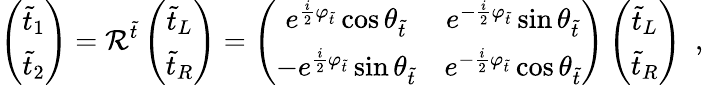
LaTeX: \left(\begin{array}{c}{{\tilde{t}_{1}}}\\ {{\tilde{t}_{2}}}\end{array}\right)={\mathcal R}^{\tilde{t}}\left(\begin{array}{c}{{\tilde{t}_{L}}}\\ {{\tilde{t}_{R}}}\end{array}\right)=\left(\begin{array}{cc}{{e^{\frac{i}{2}\varphi_{\tilde{t}}}\cos\theta_{\tilde{t}}}}&{{e^{-\frac{i}{2}\varphi_{\tilde{t}}}\sin\theta_{\tilde{t}}}}\\ {{-e^{\frac{i}{2}\varphi_{\tilde{t}}}\sin\theta_{\tilde{t}}}}&{{e^{-\frac{i}{2}\varphi_{\tilde{t}}}\cos\theta_{\tilde{t}}}}\end{array}\right)\left(\begin{array}{c}{{\tilde{t}_{L}}}\\ {{\tilde{t}_{R}}}\end{array}\right)\enspace,